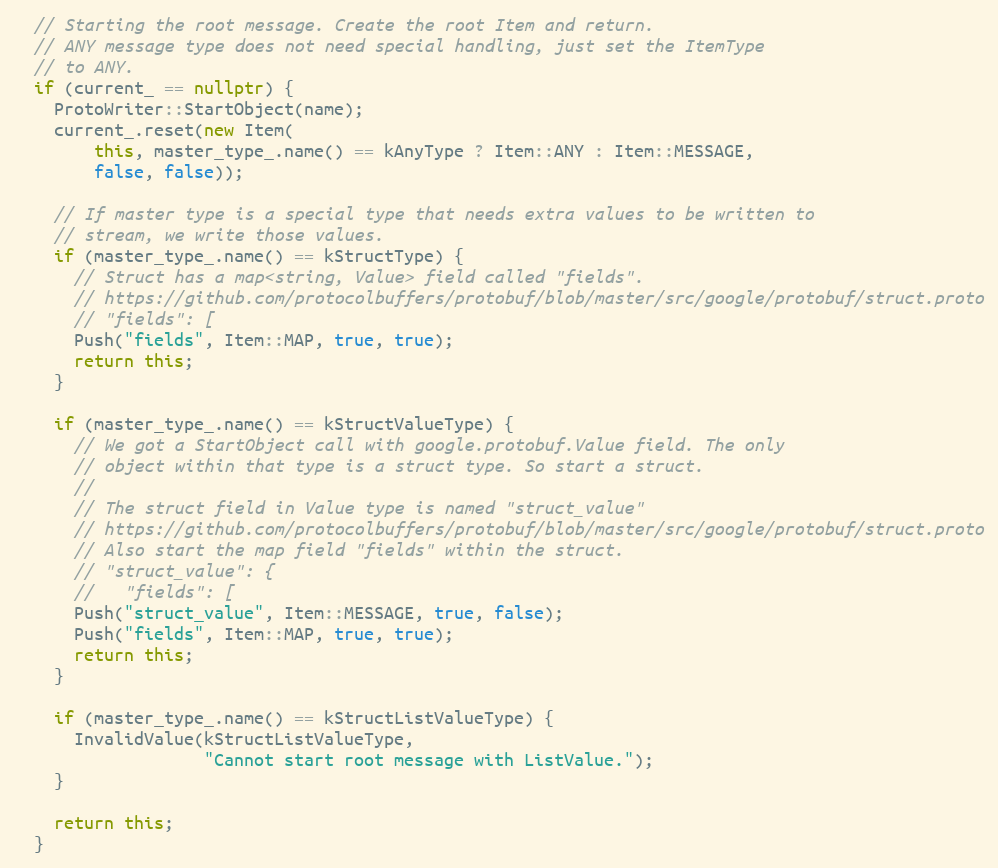
Language: C++
  // Starting the root message. Create the root Item and return.
  // ANY message type does not need special handling, just set the ItemType
  // to ANY.
  if (current_ == nullptr) {
    ProtoWriter::StartObject(name);
    current_.reset(new Item(
        this, master_type_.name() == kAnyType ? Item::ANY : Item::MESSAGE,
        false, false));

    // If master type is a special type that needs extra values to be written to
    // stream, we write those values.
    if (master_type_.name() == kStructType) {
      // Struct has a map<string, Value> field called "fields".
      // https://github.com/protocolbuffers/protobuf/blob/master/src/google/protobuf/struct.proto
      // "fields": [
      Push("fields", Item::MAP, true, true);
      return this;
    }

    if (master_type_.name() == kStructValueType) {
      // We got a StartObject call with google.protobuf.Value field. The only
      // object within that type is a struct type. So start a struct.
      //
      // The struct field in Value type is named "struct_value"
      // https://github.com/protocolbuffers/protobuf/blob/master/src/google/protobuf/struct.proto
      // Also start the map field "fields" within the struct.
      // "struct_value": {
      //   "fields": [
      Push("struct_value", Item::MESSAGE, true, false);
      Push("fields", Item::MAP, true, true);
      return this;
    }

    if (master_type_.name() == kStructListValueType) {
      InvalidValue(kStructListValueType,
                   "Cannot start root message with ListValue.");
    }

    return this;
  }